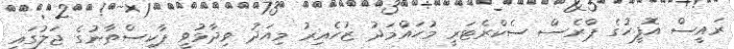
ރައީސް އޮފީހުގެ ޕްރެސް ސެކްރެޓަރީ މުހައްމަދު ޒުހެއިރު މިއަދު ވިދާޅުވީ ޕާކިސްތާނުގެ ޖަލުގައި